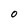
Character: 0